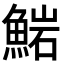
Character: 𩸶